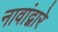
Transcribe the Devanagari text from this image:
नावांद्वारे